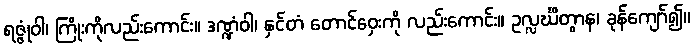
ရဇ္ဇုံဝါ၊ ကြိုးကိုလည်းကောင်း။ ဒဏ္ဍံဝါ၊ နှင်တံ တောင်ဝှေးကို လည်းကောင်း။ ဥလ္လင်္ဃိတွာန၊ ခုန်ကျော်၍။